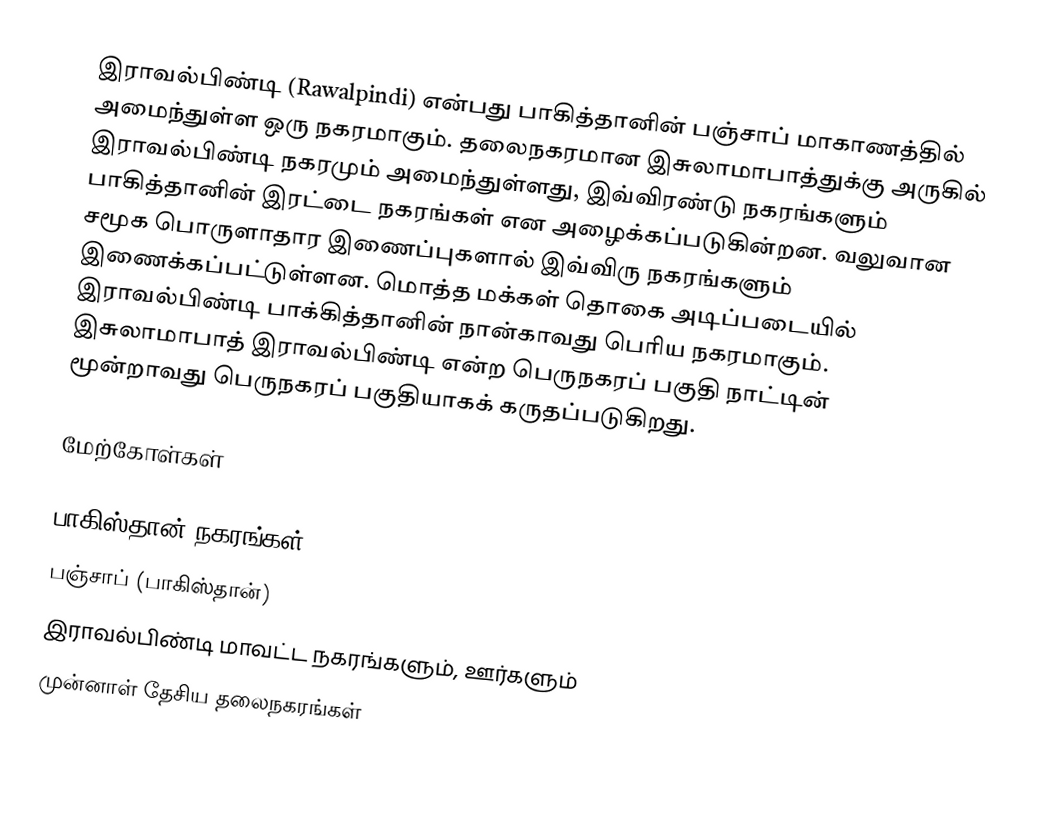
இராவல்பிண்டி (Rawalpindi) என்பது பாகித்தானின் பஞ்சாப் மாகாணத்தில் அமைந்துள்ள ஒரு நகரமாகும். தலைநகரமான இசுலாமாபாத்துக்கு அருகில்    இராவல்பிண்டி நகரமும் அமைந்துள்ளது, இவ்விரண்டு நகரங்களும்  பாகித்தானின் இரட்டை நகரங்கள் என அழைக்கப்படுகின்றன. வலுவான சமூக பொருளாதார இணைப்புகளால் இவ்விரு நகரங்களும் இணைக்கப்பட்டுள்ளன. மொத்த மக்கள் தொகை அடிப்படையில் இராவல்பிண்டி பாக்கித்தானின் நான்காவது பெரிய நகரமாகும்.  இசுலாமாபாத் இராவல்பிண்டி என்ற பெருநகரப் பகுதி நாட்டின் மூன்றாவது பெருநகரப் பகுதியாகக் கருதப்படுகிறது.

மேற்கோள்கள்

பாகிஸ்தான் நகரங்கள்
பஞ்சாப் (பாகிஸ்தான்)
இராவல்பிண்டி மாவட்ட நகரங்களும், ஊர்களும்
முன்னாள் தேசிய தலைநகரங்கள்